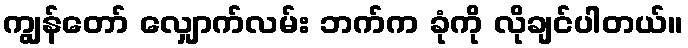
ကျွန်တော် လျှောက်လမ်း ဘက်က ခုံကို လိုချင်ပါတယ်။